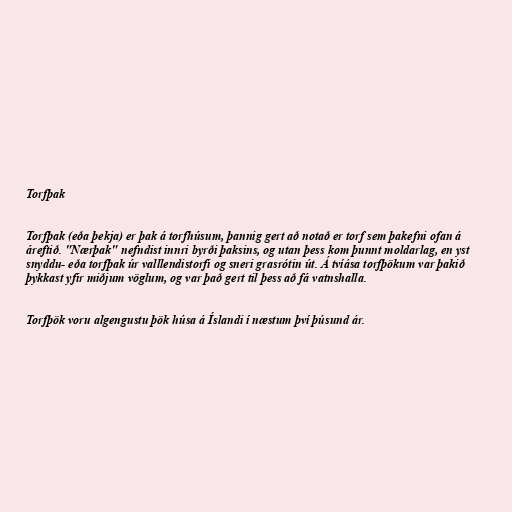
Torfþak

Torfþak (eða þekja) er þak á torfhúsum, þannig gert að notað er torf sem þakefni ofan á
áreftið. "Nærþak" nefndist innri byrði þaksins, og utan þess kom þunnt moldarlag, en yst
snyddu- eða torfþak úr valllendistorfi og sneri grasrótin út. Á tvíása torfþökum var þakið
þykkast yfir miðjum vöglum, og var það gert til þess að fá vatnshalla.

Torfþök voru algengustu þök húsa á Íslandi í næstum því þúsund ár.